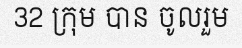
32 ក្រុម បាន ចូលរួម